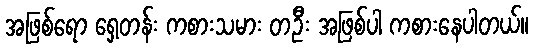
အဖြစ်ရော ရှေ့တန်း ကစားသမား တဦး အဖြစ်ပါ ကစားနေပါတယ်။